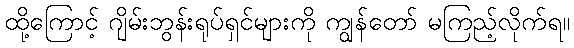
ထို့ကြောင့် ဂျိမ်းဘွန်းရုပ်ရှင်များကို ကျွန်တော် မကြည့်လိုက်ရ။